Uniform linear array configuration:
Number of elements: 48
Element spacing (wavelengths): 1
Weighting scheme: kaiser
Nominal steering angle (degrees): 45
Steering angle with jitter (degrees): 46.627
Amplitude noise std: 0.05
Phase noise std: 0.05

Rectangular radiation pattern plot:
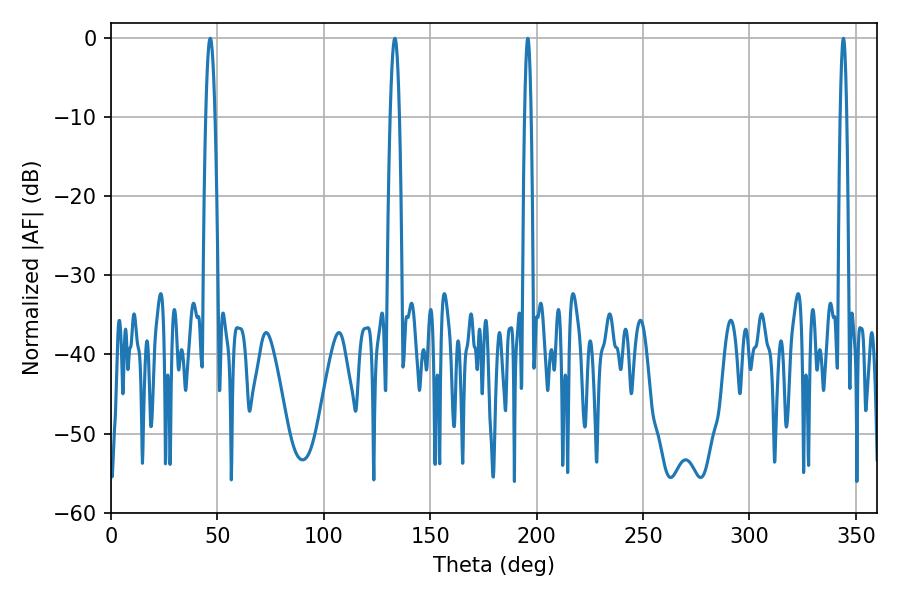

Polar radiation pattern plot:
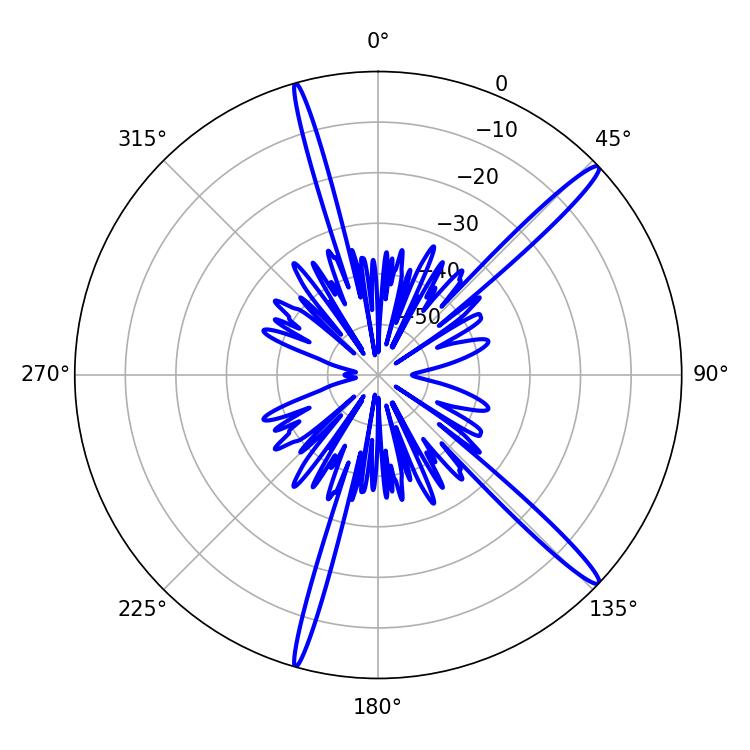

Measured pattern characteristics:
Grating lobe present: TRUE
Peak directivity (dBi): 16.151
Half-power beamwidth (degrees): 2.34
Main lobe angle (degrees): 46.62